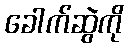
ခေါက်ဆွဲကို